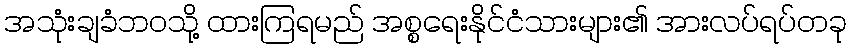
အသုံးချခံဘဝသို့ ထားကြရမည် အစ္စရေးနိုင်ငံသားများ၏ အားလပ်ရပ်တခု